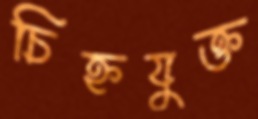
চিহ্নযুক্ত